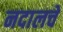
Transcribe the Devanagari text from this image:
नदालचे